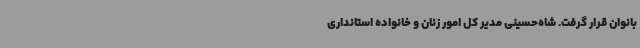
بانوان قرار گرفت. شاه‌حسینی مدیر کل امور زنان و خانواده استانداری